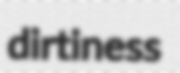
dirtiness